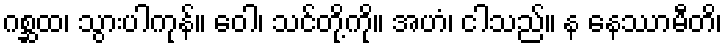
ဂစ္ဆထ၊ သွားပါကုန်။ ဝေါ၊ သင်တို့ကို။ အဟံ၊ ငါသည်။ န နေဿာမီတိ၊